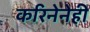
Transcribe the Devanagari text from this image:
करिनेनेही